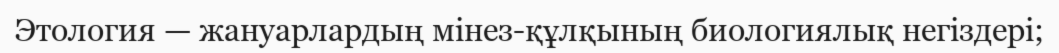
Этология — жануарлардың мінез-құлқының биологиялық негіздері;